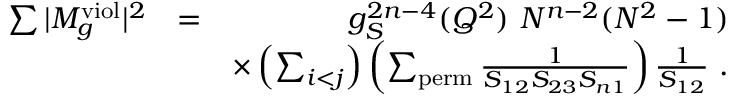
\begin{array} { r l r } { \sum \vert M _ { g } ^ { \mathrm { v i o l } } \vert ^ { 2 } } & { = } & { g _ { S } ^ { 2 n - 4 } ( Q ^ { 2 } ) ~ N ^ { n - 2 } ( N ^ { 2 } - 1 ) } \\ & { } & { \times \left( \sum _ { i < j } \right) \left( \sum _ { \mathrm { p e r m } } \frac { 1 } { S _ { 1 2 } S _ { 2 3 } S _ { n 1 } } \right) \frac { 1 } { S _ { 1 2 } } ~ . } \end{array}